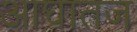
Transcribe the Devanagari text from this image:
आघातज